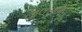
લાલસાભરી